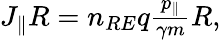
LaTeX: \begin{array}{r}{J_{\| }R=n_{RE}q\frac{p_{\| }}{\gamma m}R,}\end{array}